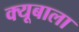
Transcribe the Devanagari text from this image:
क्यूबाला